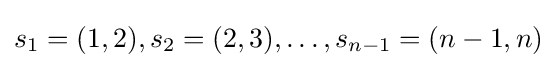
s_{1}=(1,2),s_{2}=(2,3),\dots ,s_{n-1}=(n-1,n)